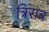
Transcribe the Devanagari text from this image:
त्रिरात्र